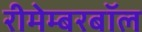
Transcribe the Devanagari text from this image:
रीमेम्बरबॉल